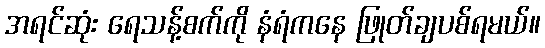
အရင်ဆုံး ရေသန့်စက်ကို နံရံကနေ ဖြုတ်ချပစ်ရမယ်။